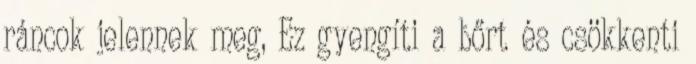
ráncok jelennek meg, Ez gyengíti a bőrt és csökkenti